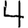
Digit: 4